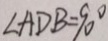
\angle A D B = 9 0 ^ { \circ }